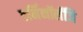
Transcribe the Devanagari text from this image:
टर्मिनॉलॅजि